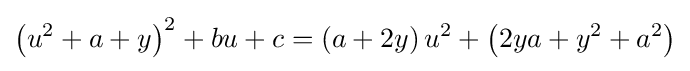
\left(u^{2}+a+y\right)^{2}+bu+c=\left(a+2y\right)u^{2}+\left(2ya+y^{2}+a^{2}\right)